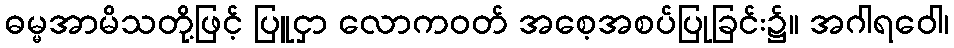
ဓမ္မအာမိသတို့ဖြင့် ပြူငှာ လောကဝတ် အစေ့အစပ်ပြုခြင်း၌။ အဂါရဝေါ၊